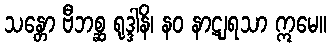
သန္တော ဗီဘစ္ဆ ရုဒ္ဒါနိ၊ နဝ နာဋျရသာ ဣမေ။